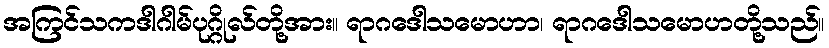
အကြင်သကဒါဂါမ်ပုဂ္ဂိုလ်တို့အား။ ရာဂဒေါသမောဟာ၊ ရာဂဒေါသမောဟတို့သည်။